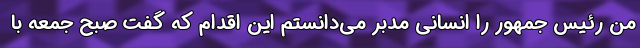
من رئیس جمهور را انسانی مدبر می‌دانستم این اقدام که گفت صبح جمعه با